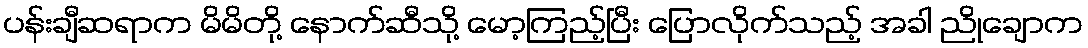
ပန်းချီဆရာက မိမိတို့ နောက်ဆီသို့ မော့ကြည့်ပြီး ပြောလိုက်သည့် အခါ ညိုချောက